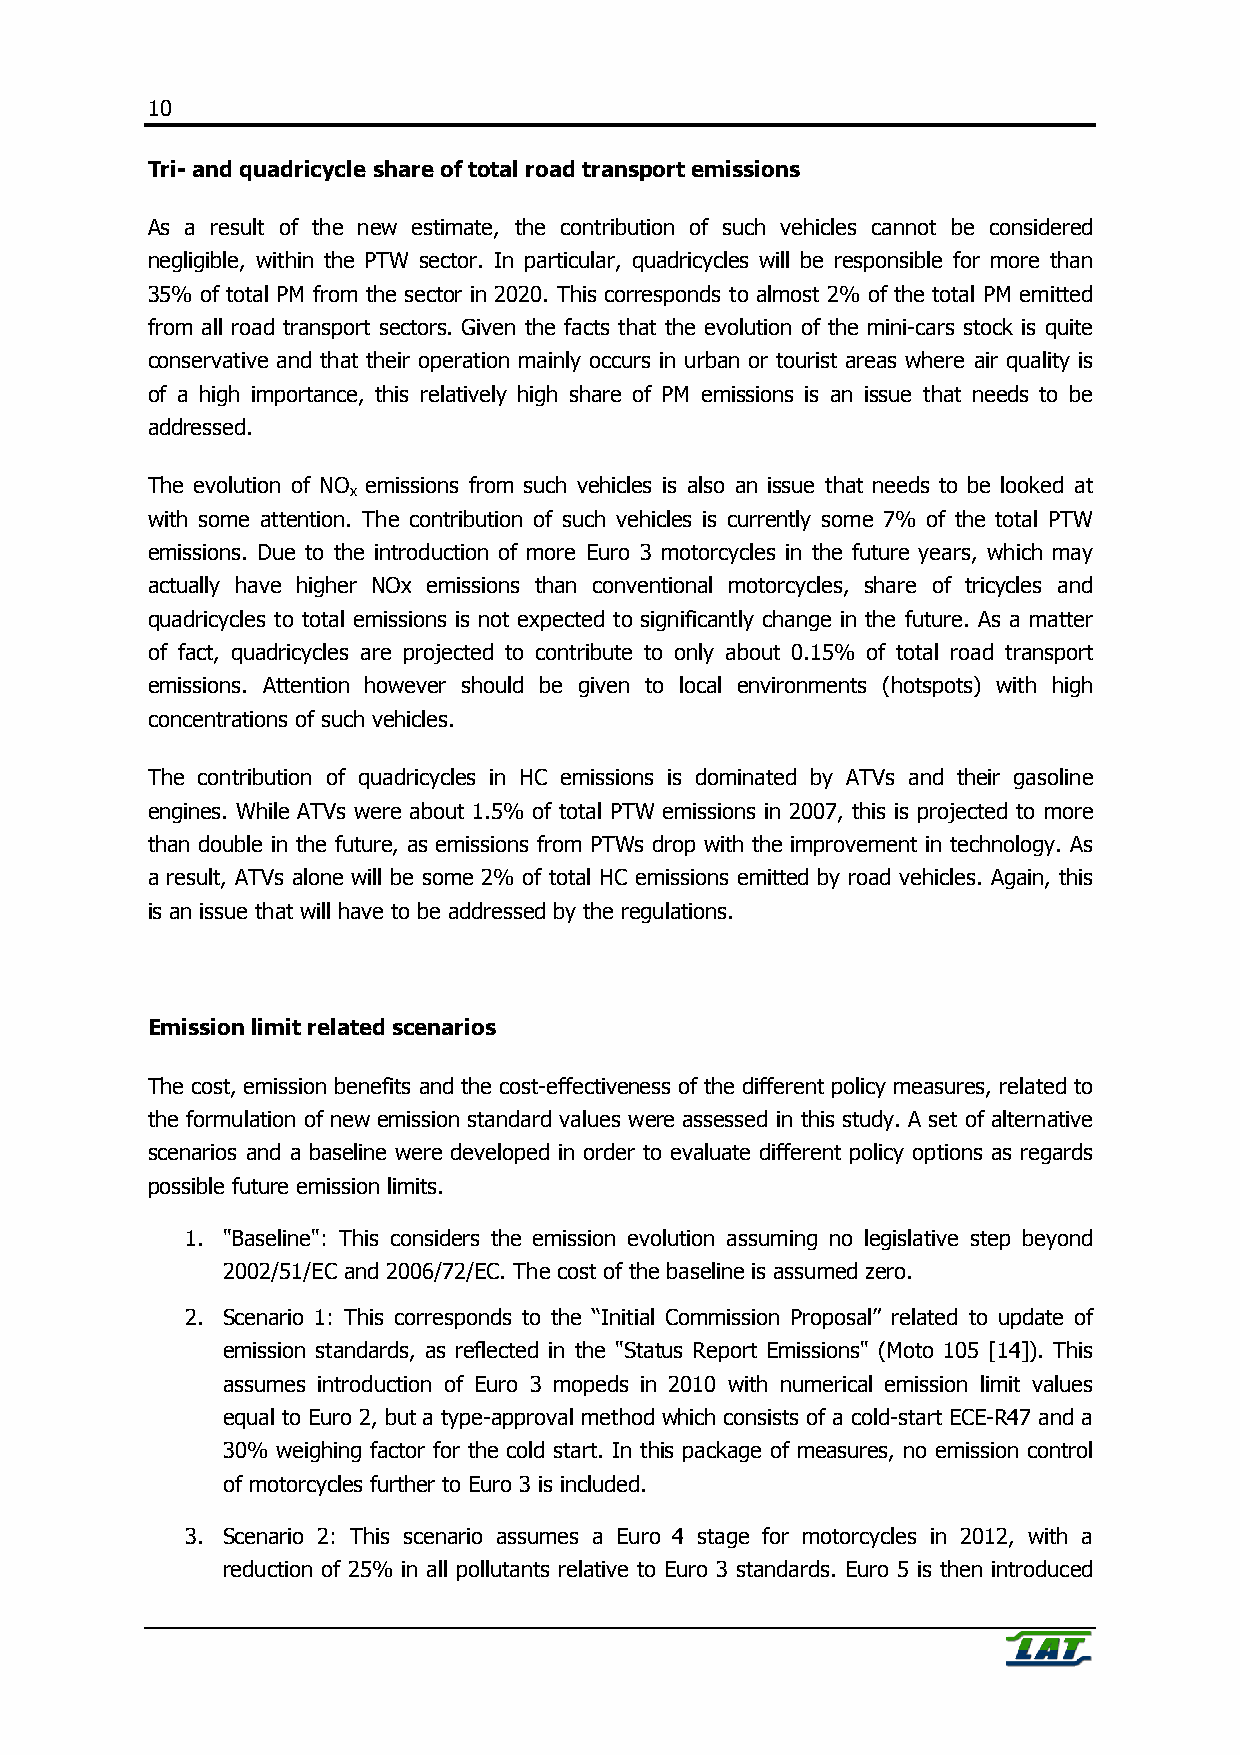
10
 Tri- and quadricycle share of total road transport emissions
 As a result of the new estimate, the contribution of such vehicles cannot be considered
 negligible, within the PTW sector. In particular, quadricycles will be responsible for more than
 35% of total PM from the sector in 2020. This corresponds to almost 2% of the total PM emitted
 from all road transport sectors. Given the facts that the evolution of the mini-cars stock is quite
 conservative and that their operation mainly occurs in urban or tourist areas where air quality is
 of a high importance, this relatively high share of PM emissions is an issue that needs to be
 addressed.
 The evolution of NO emissions from such vehicles is also an issue that needs to be looked at
 x
 with some attention. The contribution of such vehicles is currently some 7% of the total PTW
 emissions. Due to the introduction of more Euro 3 motorcycles in the future years, which may
 actually have higher NOx emissions than conventional motorcycles, share of tricycles and
 quadricycles to total emissions is not expected to significantly change in the future. As a matter
 of fact, quadricycles are projected to contribute to only about 0.15% of total road transport
 emissions. Attention however should be given to local environments (hotspots) with high
 concentrations of such vehicles.
 The contribution of quadricycles in HC emissions is dominated by ATVs and their gasoline
 engines. While ATVs were about 1.5% of total PTW emissions in 2007, this is projected to more
 than double in the future, as emissions from PTWs drop with the improvement in technology. As
 a result, ATVs alone will be some 2% of total HC emissions emitted by road vehicles. Again, this
 is an issue that will have to be addressed by the regulations.
 Emission limit related scenarios
 The cost, emission benefits and the cost-effectiveness of the different policy measures, related to
 the formulation of new emission standard values were assessed in this study. A set of alternative
 scenarios and a baseline were developed in order to evaluate different policy options as regards
 possible future emission limits.
 1. "Baseline": This considers the emission evolution assuming no legislative step beyond
 2002/51/EC and 2006/72/EC. The cost of the baseline is assumed zero.
 2. Scenario 1: This corresponds to the “Initial Commission Proposal” related to update of
 emission standards, as reflected in the "Status Report Emissions" (Moto 105 [14]). This
 assumes introduction of Euro 3 mopeds in 2010 with numerical emission limit values
 equal to Euro 2, but a type-approval method which consists of a cold-start ECE-R47 and a
 30% weighing factor for the cold start. In this package of measures, no emission control
 of motorcycles further to Euro 3 is included.
 3. Scenario 2: This scenario assumes a Euro 4 stage for motorcycles in 2012, with a
 reduction of 25% in all pollutants relative to Euro 3 standards. Euro 5 is then introduced